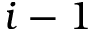
i - 1